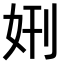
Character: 𫰘